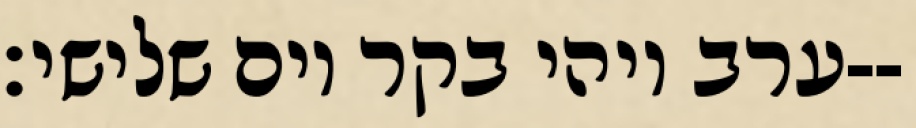
ערב ויהי בקר יום שלישי׃--